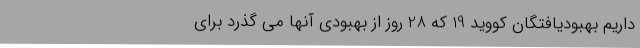
داریم بهبودیافتگان کووید 19 که 28 روز از بهبودی آنها می گذرد برای